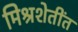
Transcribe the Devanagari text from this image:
मिश्रशेतींत